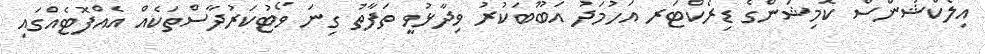
އިލެކްޝަންސް ކޮމިޝަންގެ ޑިރެކްޓަރ އަހުމަދު އަބޫބަކުރު ވިދާޅުވީ ތަފާތު ގިނަ ވޯޓުކަރުދާސްތަކެއް އެއްފޮޓެއްގައި